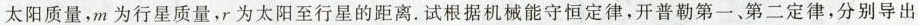
太阳质量，m 为行星质量，r 为太阳至行星的距离。试根据机械能守恒定律，开普勒第一、第二定律，分别导出